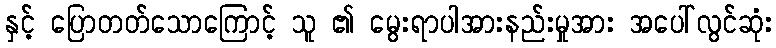
နှင့် ပြောတတ်သောကြောင့် သူ ၏ မွေးရာပါအားနည်းမှုအား အပေါ်လွင်ဆုံး